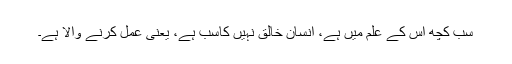
سب کچھ اس کے علم میں ہے، انسان خالق نہیں کاسب ہے، یعنی عمل کرنے والا ہے۔